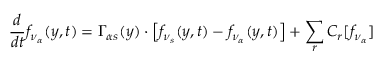
\frac { d } { d t } f _ { \nu _ { \alpha } } ( y , t ) = \Gamma _ { \alpha s } ( y ) \cdot \left[ f _ { \nu _ { s } } ( y , t ) - f _ { \nu _ { \alpha } } ( y , t ) \right] + \sum _ { r } C _ { r } [ f _ { \nu _ { \alpha } } ]